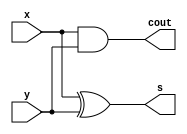
//half adder
module half_adder(
input	wire   x,	//input x
input	wire	y,	//input y

output	wire	s,	//sum
output	wire	cout	//carry out
);

assign s = x^y; //xum = x xor y
assign cout = x&y; //carry = x and y

endmodule